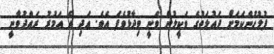
ފުލުހުންކަމަށް ދައުލަތުގެ ވަކީލުން ވަނީ ވިދާޅުވެފަ އެވެ. ޢަދި އެ އަމުރު ރައްދުވާނީ